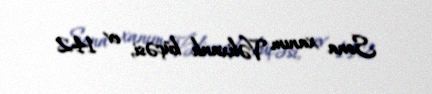
Sona xanım Vəlixanlı küçəsi, ev 142